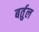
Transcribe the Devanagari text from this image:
बर्तुल